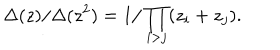
LaTeX: \Delta ( z ) / \Delta ( z ^ { 2 } ) = 1 / \prod _ { i > j } ( z _ { i } + z _ { j } ) .